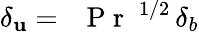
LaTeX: \delta_{\mathbf{u}}=\mathrm{{~\textit{~}{~P~r~}~}}^{1/2}\, \delta_{b}